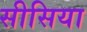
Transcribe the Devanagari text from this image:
सीसिया